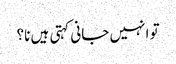
تو انہیں جانی کہتی ہیں نا؟